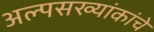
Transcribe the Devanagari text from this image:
अल्पसख्यांकांचे